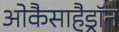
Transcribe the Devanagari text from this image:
ओकैसाहैड्रॉन